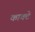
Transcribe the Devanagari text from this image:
काक्टे